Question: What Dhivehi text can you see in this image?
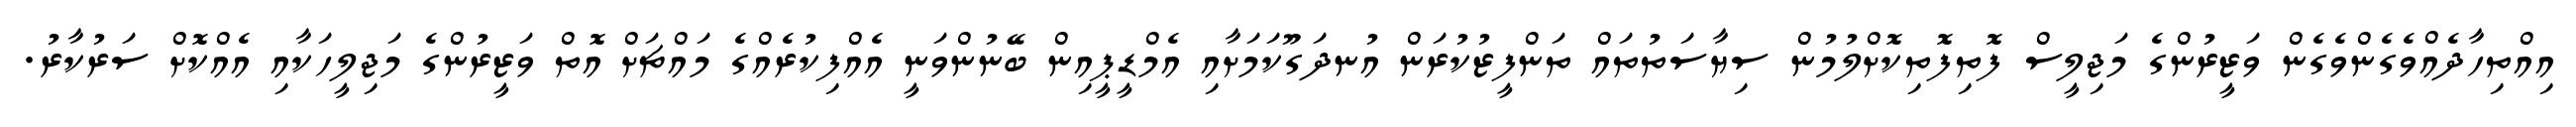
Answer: އިއްތިހާދެއްވެގެންވެގެން ވަޒީރުންގެ މަޖިލީސް ފޮތިފޮތިކޮށްލުމުން ސިޔާސަތުތައް ތަންފީޒުކުރަން އުނދަގޫކަމަށާއި އެމްޑީޕީއިން ބޭނުންވަނީ އެއްފިކުރެއްގެ މައްޗަށް އޮތް ވަޒީރުންގެ މަޖިލީހަކާއި އެއްކޮށް ސަރުކާރު.